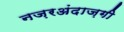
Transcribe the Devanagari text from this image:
नज़रअंदाज़गी